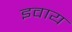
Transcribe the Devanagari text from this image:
इवाय